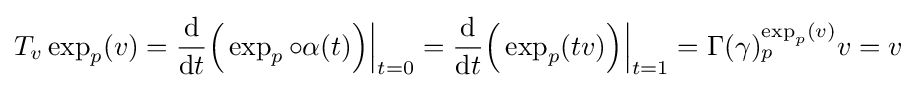
T_{v}\exp _{p}(v)={\frac {\mathrm {d} }{\mathrm {d} t}}{\Bigl (}\exp _{p}\circ \alpha (t){\Bigr )}{\Big \vert }_{t=0}={\frac {\mathrm {d} }{\mathrm {d} t}}{\Bigl (}\exp _{p}(tv){\Bigr )}{\Big \vert }_{t=1}=\Gamma (\gamma )_{p}^{\exp _{p}(v)}v=v